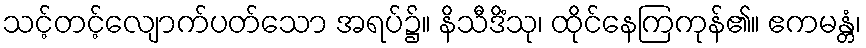
သင့်တင့်လျောက်ပတ်သော အရပ်၌။ နိသီဒိံသု၊ ထိုင်နေကြကုန်၏။ ဧကမန္တံ၊